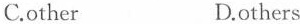
C.other D.others